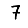
Digit: 7